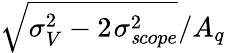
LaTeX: \sqrt{\sigma_{V}^{2}-2~\! \sigma_{\mathit scope}^{2}}/A_{q}